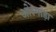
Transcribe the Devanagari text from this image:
ओरमाड़ा